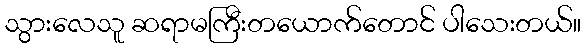
သွားလေသူ ဆရာမကြီးတယောက်တောင် ပါသေးတယ်။